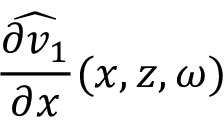
\widehat { \frac { \partial v _ { 1 } } { \partial x } } ( x , z , \omega )